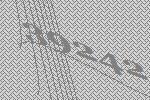
39242